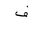
Letter: _fa